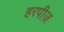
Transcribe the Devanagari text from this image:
हरपीज़